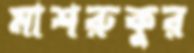
মাশরুকুর